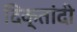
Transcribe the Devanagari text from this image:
दिक्तांदी